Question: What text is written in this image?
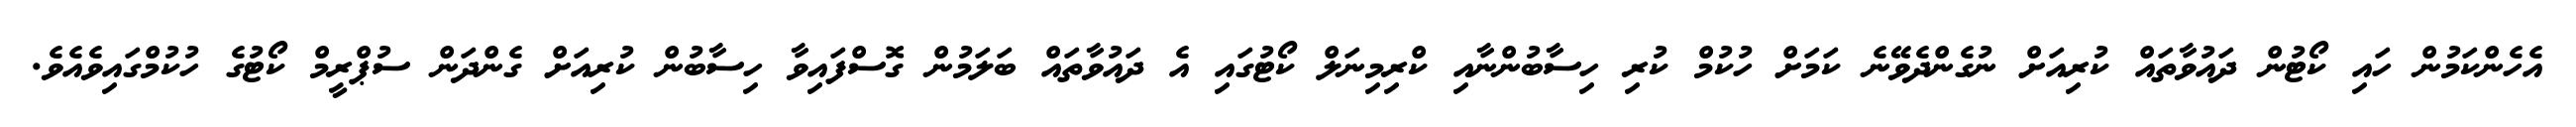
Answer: އެހެންކަމުން ހައި ކޯޓުން ދައުވާތައް ކުރިއަށް ނުގެންދެވޭނެ ކަމަށް ހުކުމް ކުރި ހިސާބުންނާއި ކްރިމިނަލް ކޯޓުގައި އެ ދައުވާތައް ބަލަމުން ގޮސްފައިވާ ހިސާބުން ކުރިއަށް ގެންދަން ސުޕްރީމް ކޯޓުގެ ހުކުމްގައިވެއެވެ.